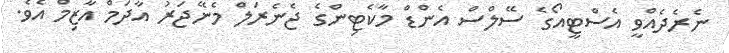
ނެރެދެއްވީ އެސްޓީއޯގެ ސޭލްސް އެންޑް މާކެޓިންގެ ޖެނެރަލް މެނޭޖަރު އާދަމް އާޒިމް އެވެ.